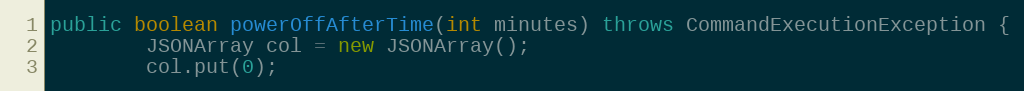
Language: Java
public boolean powerOffAfterTime(int minutes) throws CommandExecutionException {
        JSONArray col = new JSONArray();
        col.put(0);